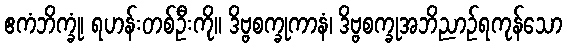
ဧကံဘိက္ခုံ၊ ရဟန်းတစ်ဦးကို။ ဒိဗ္ဗစက္ခုကာနံ၊ ဒိဗ္ဗစက္ခုအဘိညာဉ်ရကုန်သော